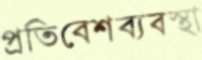
প্রতিবেশব্যবস্থা